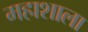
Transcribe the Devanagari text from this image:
महाशाला